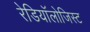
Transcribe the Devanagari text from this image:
रेडियॉलोजिस्ट